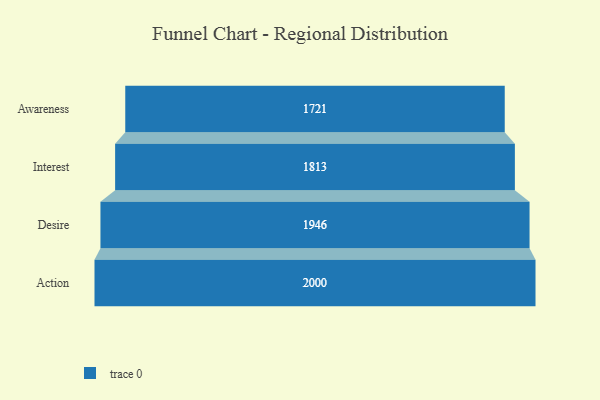
{"axis": {"x": "Stage", "y": "Value"}, "legend": [""], "data": [{"x": "Awareness", "y": 1721.0, "type": ""}, {"x": "Interest", "y": 1813.0, "type": ""}, {"x": "Desire", "y": 1946.0, "type": ""}, {"x": "Action", "y": 2000, "type": ""}]}